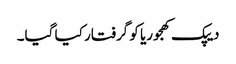
دیپک کھجوریا کو گرفتار کیا گیا۔